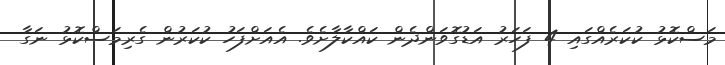
މަސްކޮޅު ކުކަރެއްގައި 4 ފަހަރު އަޑުގޮވަންދެން ކައްކާލާށެވެ. އެއަށްފަހު ކުކަރުން ގެރިމަސްކޮޅު ނަގާ